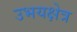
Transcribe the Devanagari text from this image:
उभयक्षेत्र